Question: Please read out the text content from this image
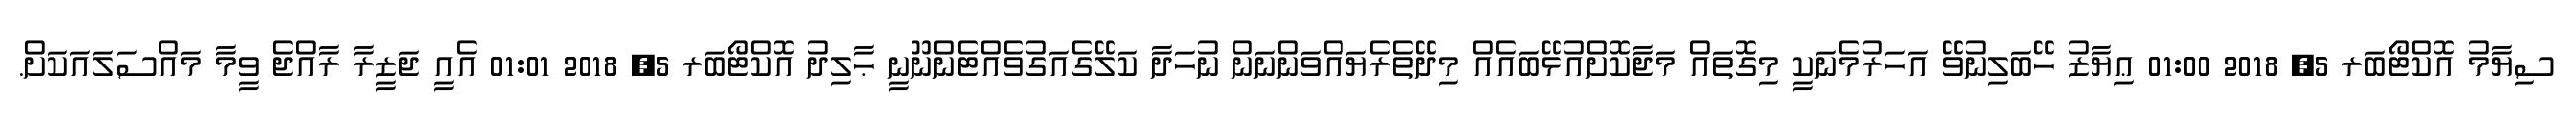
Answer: ސިޔާމު އޮކްޓޯބަރ 5, 2018 01:00 ޢިޔާޒު ހޭބަލިނުވޭ އަހަރުމެނަކީ މިގޮތައް މަޖާކޮށްއުޅޭބައެއް މިދޭތެރެޔައްވަންނަން ނުހަދާ ކަލޭގެއަގުވެއްޓެންނޫނީ ޙާލިދު އޮކްޓޯބަރ 5, 2018 01:01 އެއީ ޖަޒީރާ ރާއްޖެ ވީމާ މައްސަލައަކަށް.